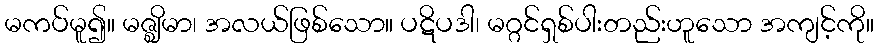
မကပ်မူ၍။ မဇ္ဈိမာ၊ အလယ်ဖြစ်သော။ ပဋိပဒါ၊ မဂ္ဂင်ရှစ်ပါးတည်းဟူသော အကျင့်ကို။